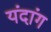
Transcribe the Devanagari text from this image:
यंदांग